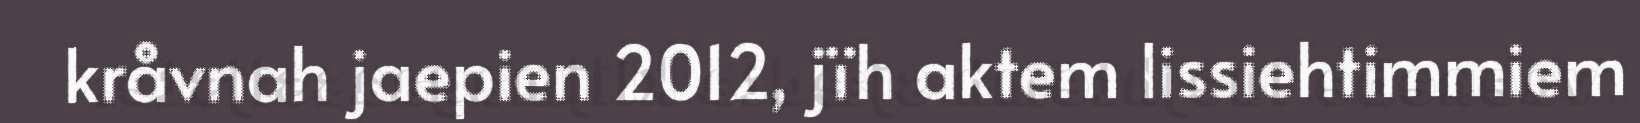
kråvnah jaepien 2012, jïh aktem lissiehtimmiem